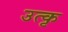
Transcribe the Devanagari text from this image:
उत्कृ